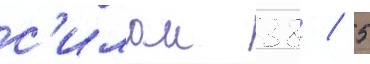
с'илои 38 / 5